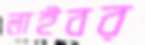
লাইবর